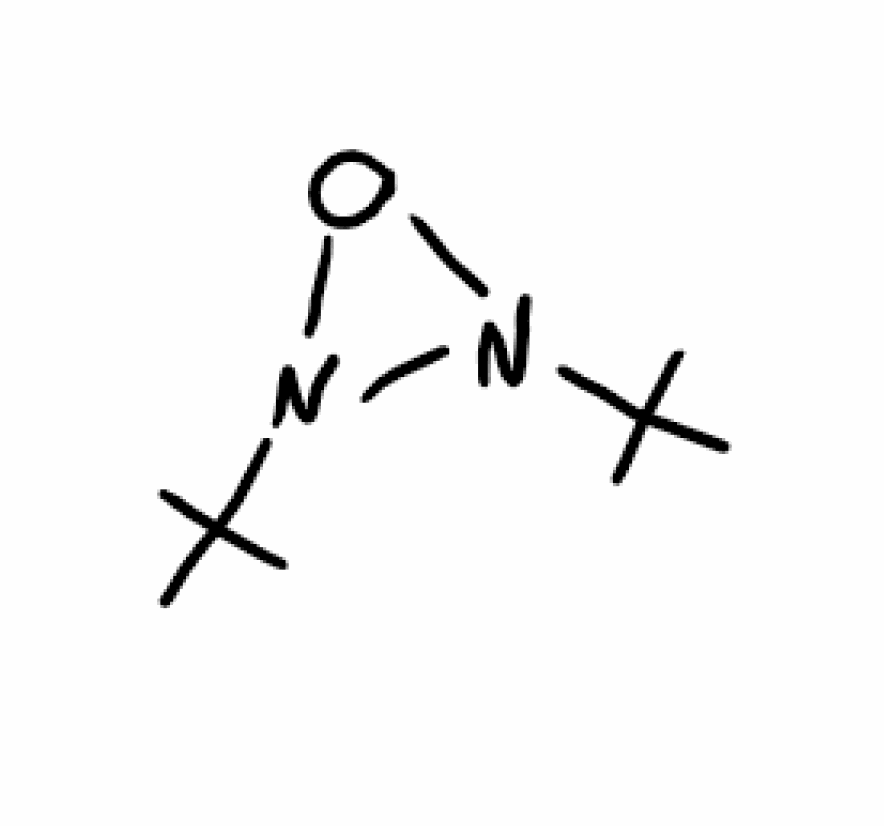
Simplified molecular-input line-entry system (SMILES) notation of the given molecule:
CC(C)(C)N1N(O1)C(C)(C)C